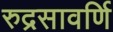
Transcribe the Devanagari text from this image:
रुद्रसावर्णि